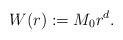
LaTeX: \begin{align*}W(r):=M_{0} r^{d}.\end{align*}